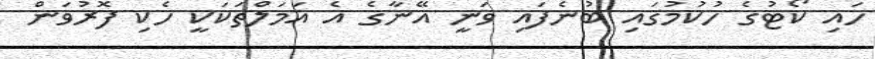
ހައި ކޯޓުގެ ހުކުމުގައި ބުނެފައި ވަނީ އޭނާގެ އެ އަމަލްތަކަކީ ހެކި ފޮރުވަން